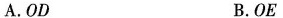
A.OD B.OE